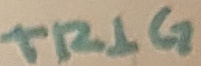
Text: TRIG